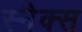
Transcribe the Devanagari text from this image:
स्‍नैक्स